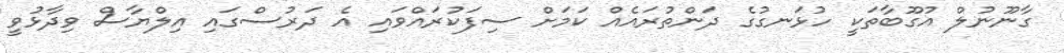
ގާނޫނުލް އުގޫބާތަކީ ހުޅަނގުގެ ދަންތުރައެއް ކަމަށް ސިފަކުރައްވައި އެ ދަރުސްގައި އިލްޔާސް ވިދާޅުވީ